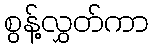
စွန့်လွှတ်ကာ